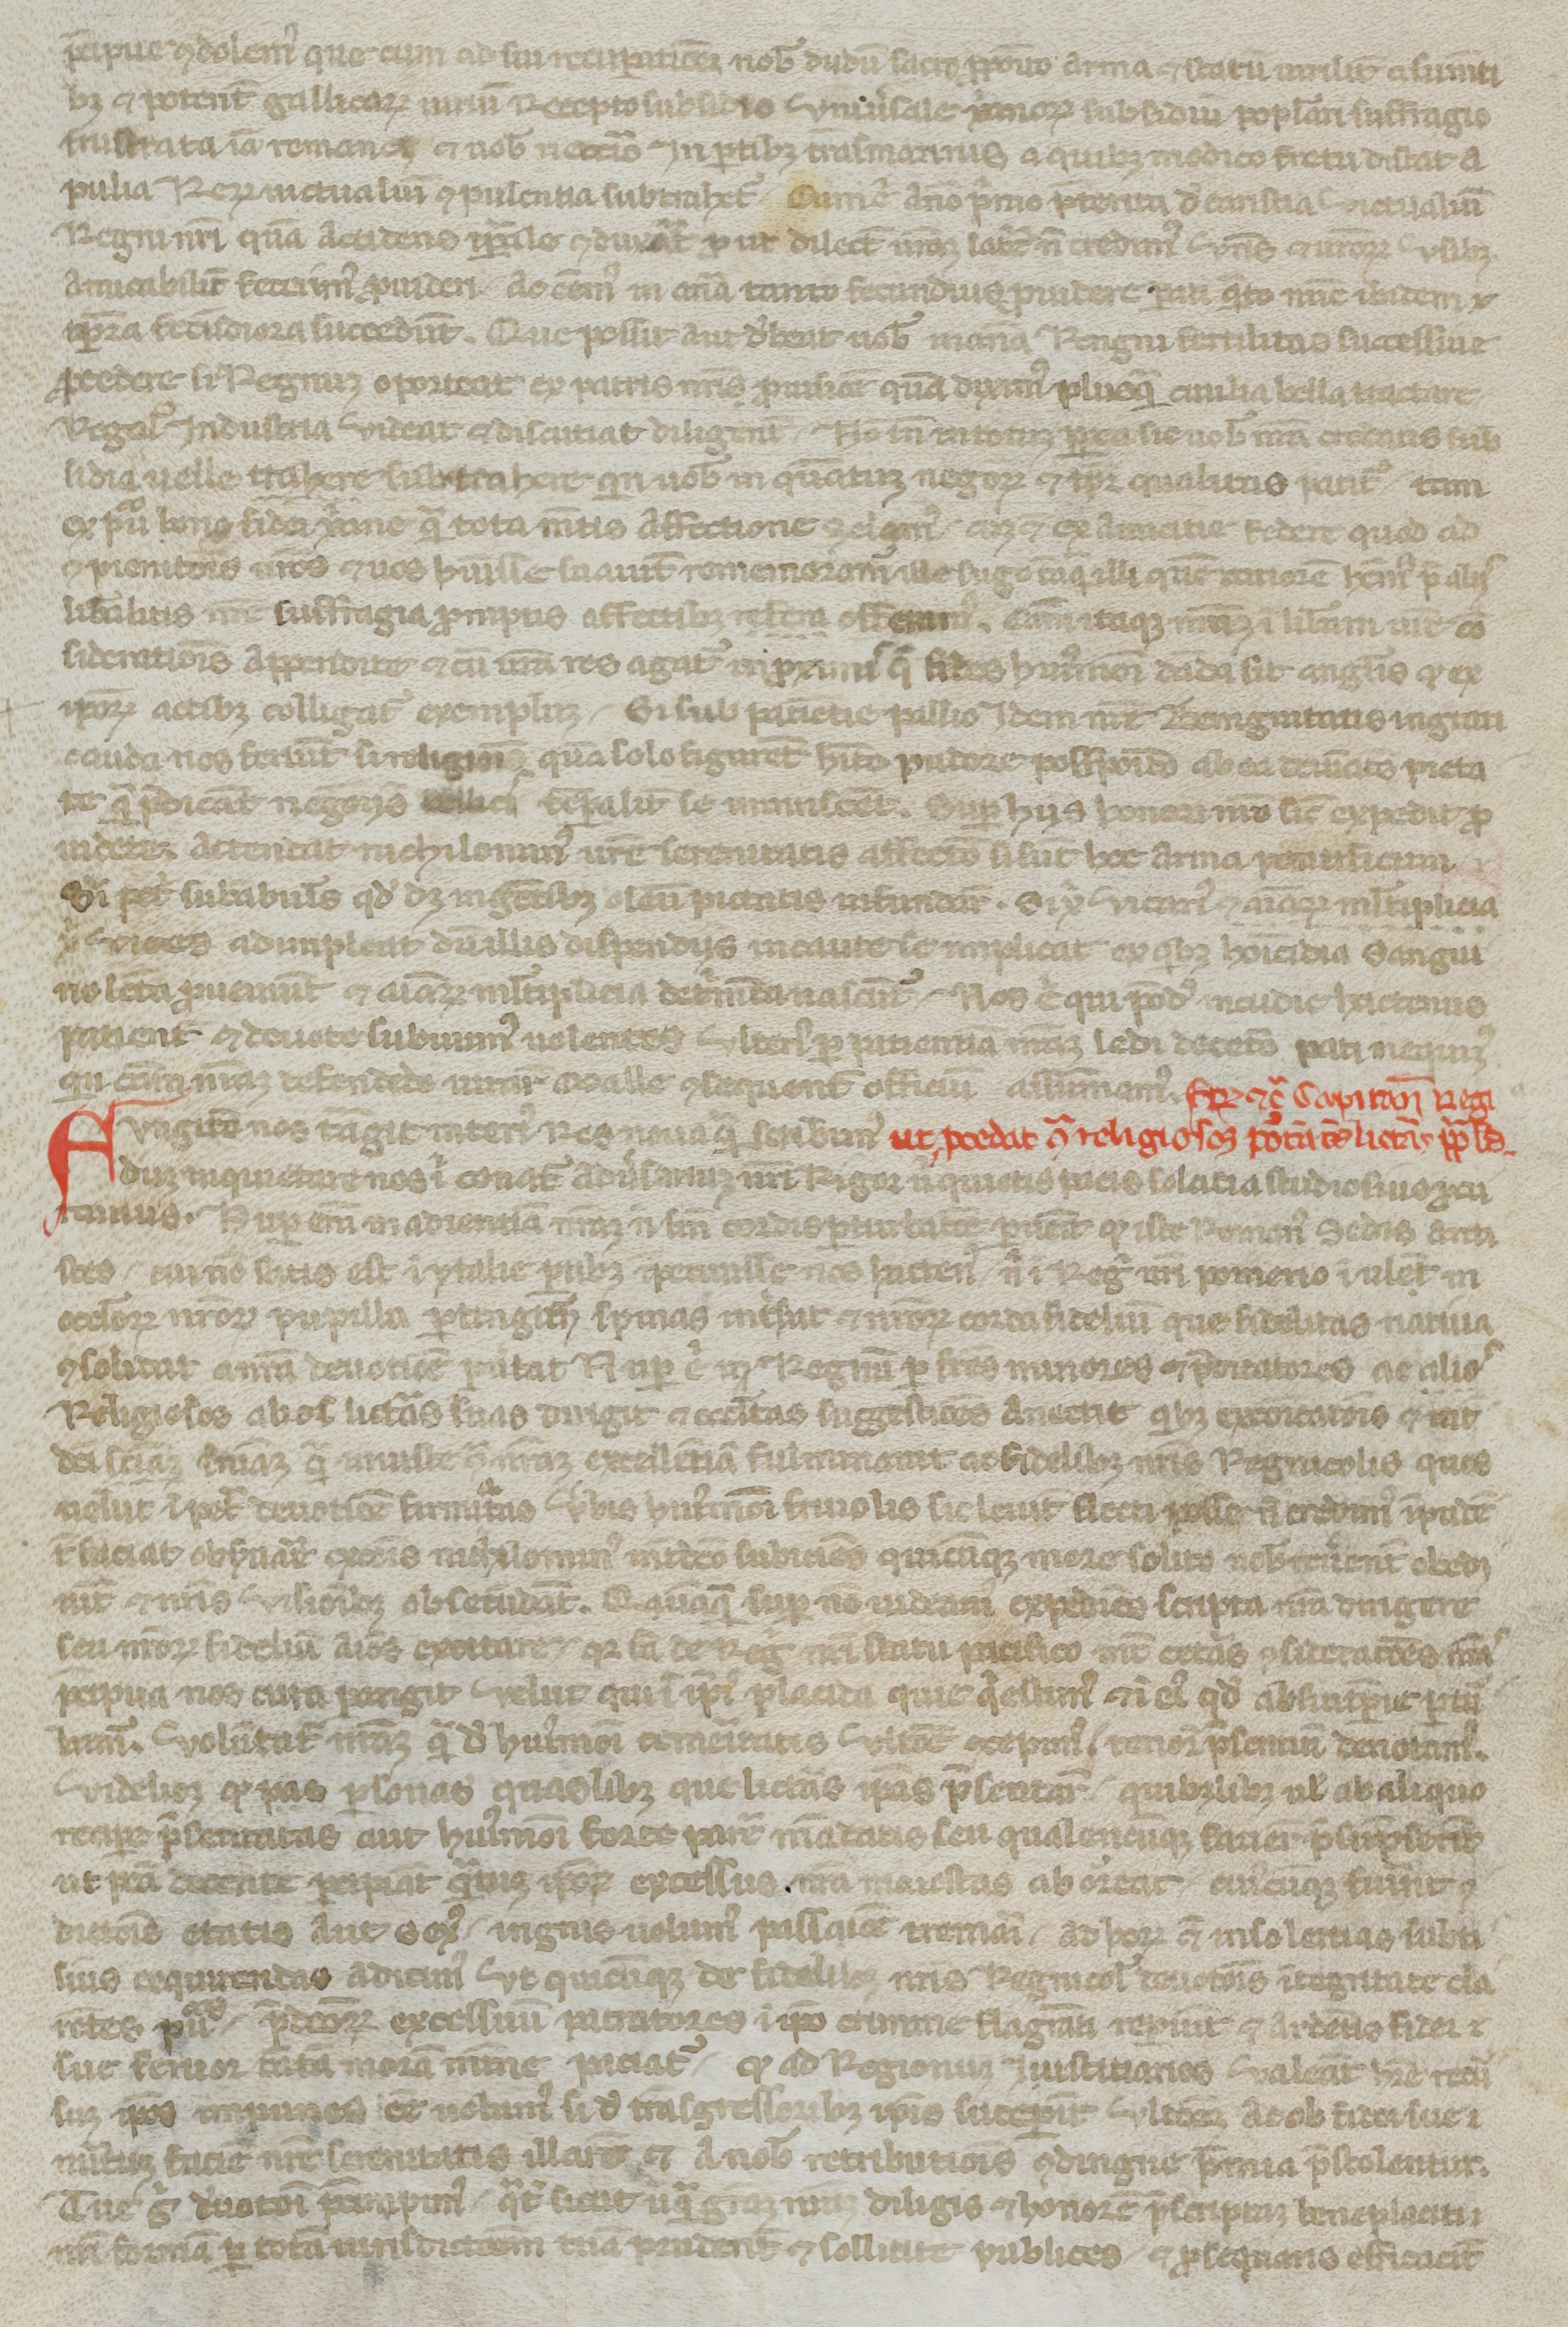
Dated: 1250–1299